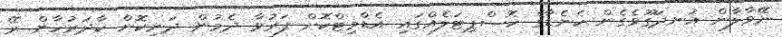
ނޭވާލާން އުނދަގޫވެގެން ކެނެޑާގެ ހޮސްޕިޓަލެއްގައި އެޑްމިޓްކޮށް ފަރުވާ ދެމުން ދަނިކޮށް ކާދަރުހާން ރޭ